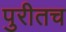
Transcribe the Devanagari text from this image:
पुरीतच